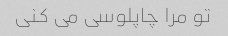
تو مرا چاپلوسی می کنی